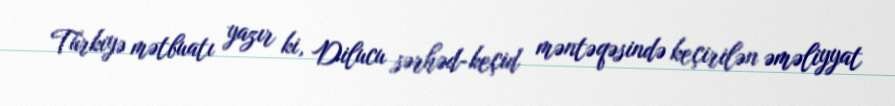
Türkiyə mətbuatı yazır ki, Dilucu sərhəd-keçid məntəqəsində keçirilən əməliyyat